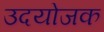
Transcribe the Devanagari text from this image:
उदयोजक